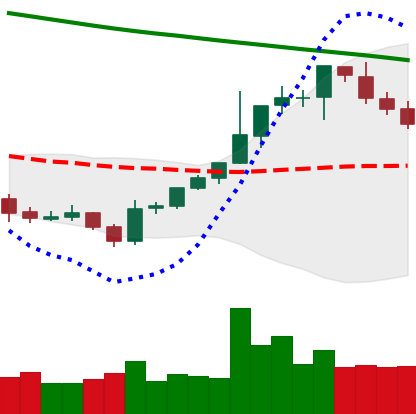
Ticker: BTC-USD
Chart end date: 2021-08-03
Forward return: 14.796%
Label: up_7plus